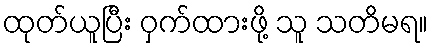
ထုတ်ယူပြီး ဝှက်ထားဖို့ သူ သတိမရ။